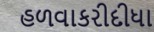
હળવાકરીદીધા